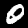
Digit: 0